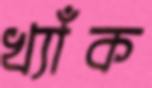
খ্যাঁক